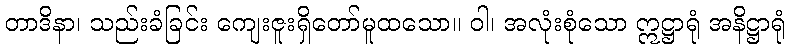
တာဒိနာ၊ သည်းခံခြင်း ကျေးဇူးရှိတော်မူထသော။ ဝါ၊ အလုံးစုံသော ဣဋ္ဌာရုံ အနိဋ္ဌာရုံ